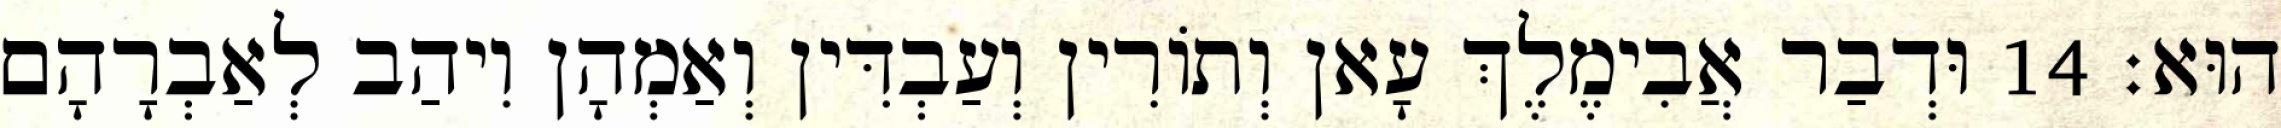
הוּא׃ 14 וּדְבַר אֲבִימֶלֶךְ עָאן וְתוֹרִין וְעַבְדִּין וְאַמְהָן וִיהַב לְאַבְרָהָם